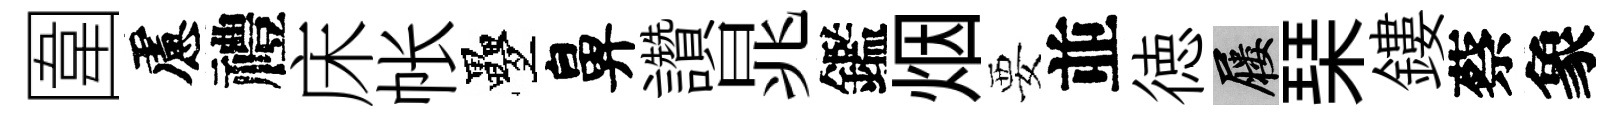
圍慮禮床帐疊鼻讚晁鑑烟要並徳屨琹鏤蔡象